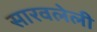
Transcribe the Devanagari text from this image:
सारवलेली